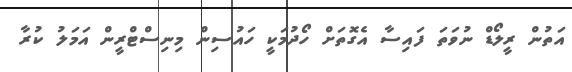
އަތުން ރީލޯޑް ނުވަތަ ފައިސާ އެގޮތަށް ހޯދުމަކީ ހައުސިން މިނިސްޓްރީން އަމަލު ކުރާ